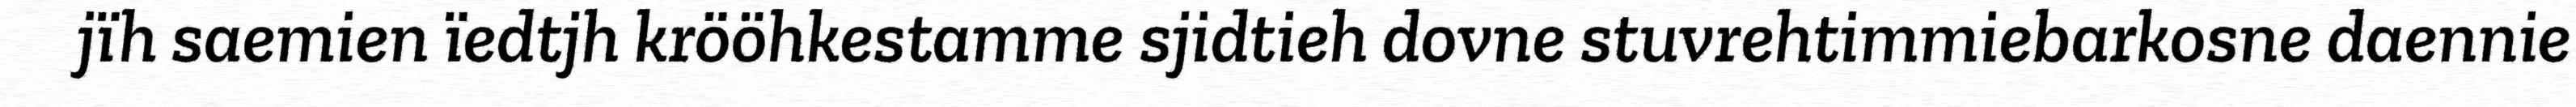
jïh saemien ïedtjh krööhkestamme sjidtieh dovne stuvrehtimmiebarkosne daennie